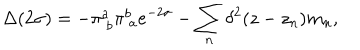
\Delta ( 2 \sigma ) = - \pi _ { \ b } ^ { a } \pi _ { \ a } ^ { b } e ^ { - 2 \sigma } - \sum _ { n } \delta ^ { 2 } ( z - z _ { n } ) m _ { n } ,